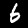
Digit: 6